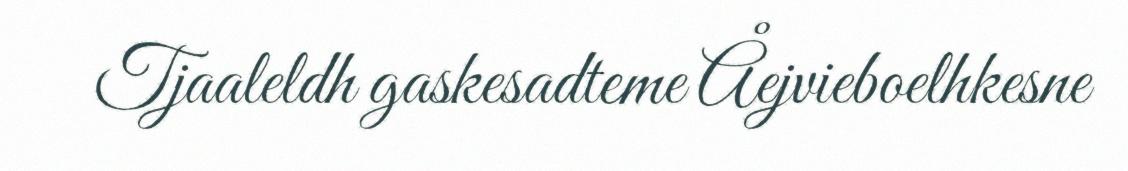
Tjaaleldh gaskesadteme Åejvieboelhkesne